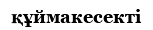
құймакесекті